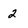
Character: 2